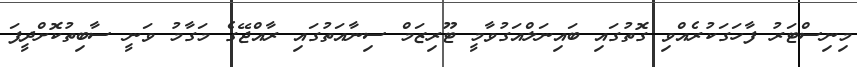
މިނިސްޓަރު ފާހަގަކުރެއްވި ގޮތުގައި ބައިނަލްއަގުވާމީ ޓޫރިޒަމް ސިނާއަތުގައި ރާއްޖޭގެ މަގާމު ވަނީ ސާބިތުކޮށްދީފަ